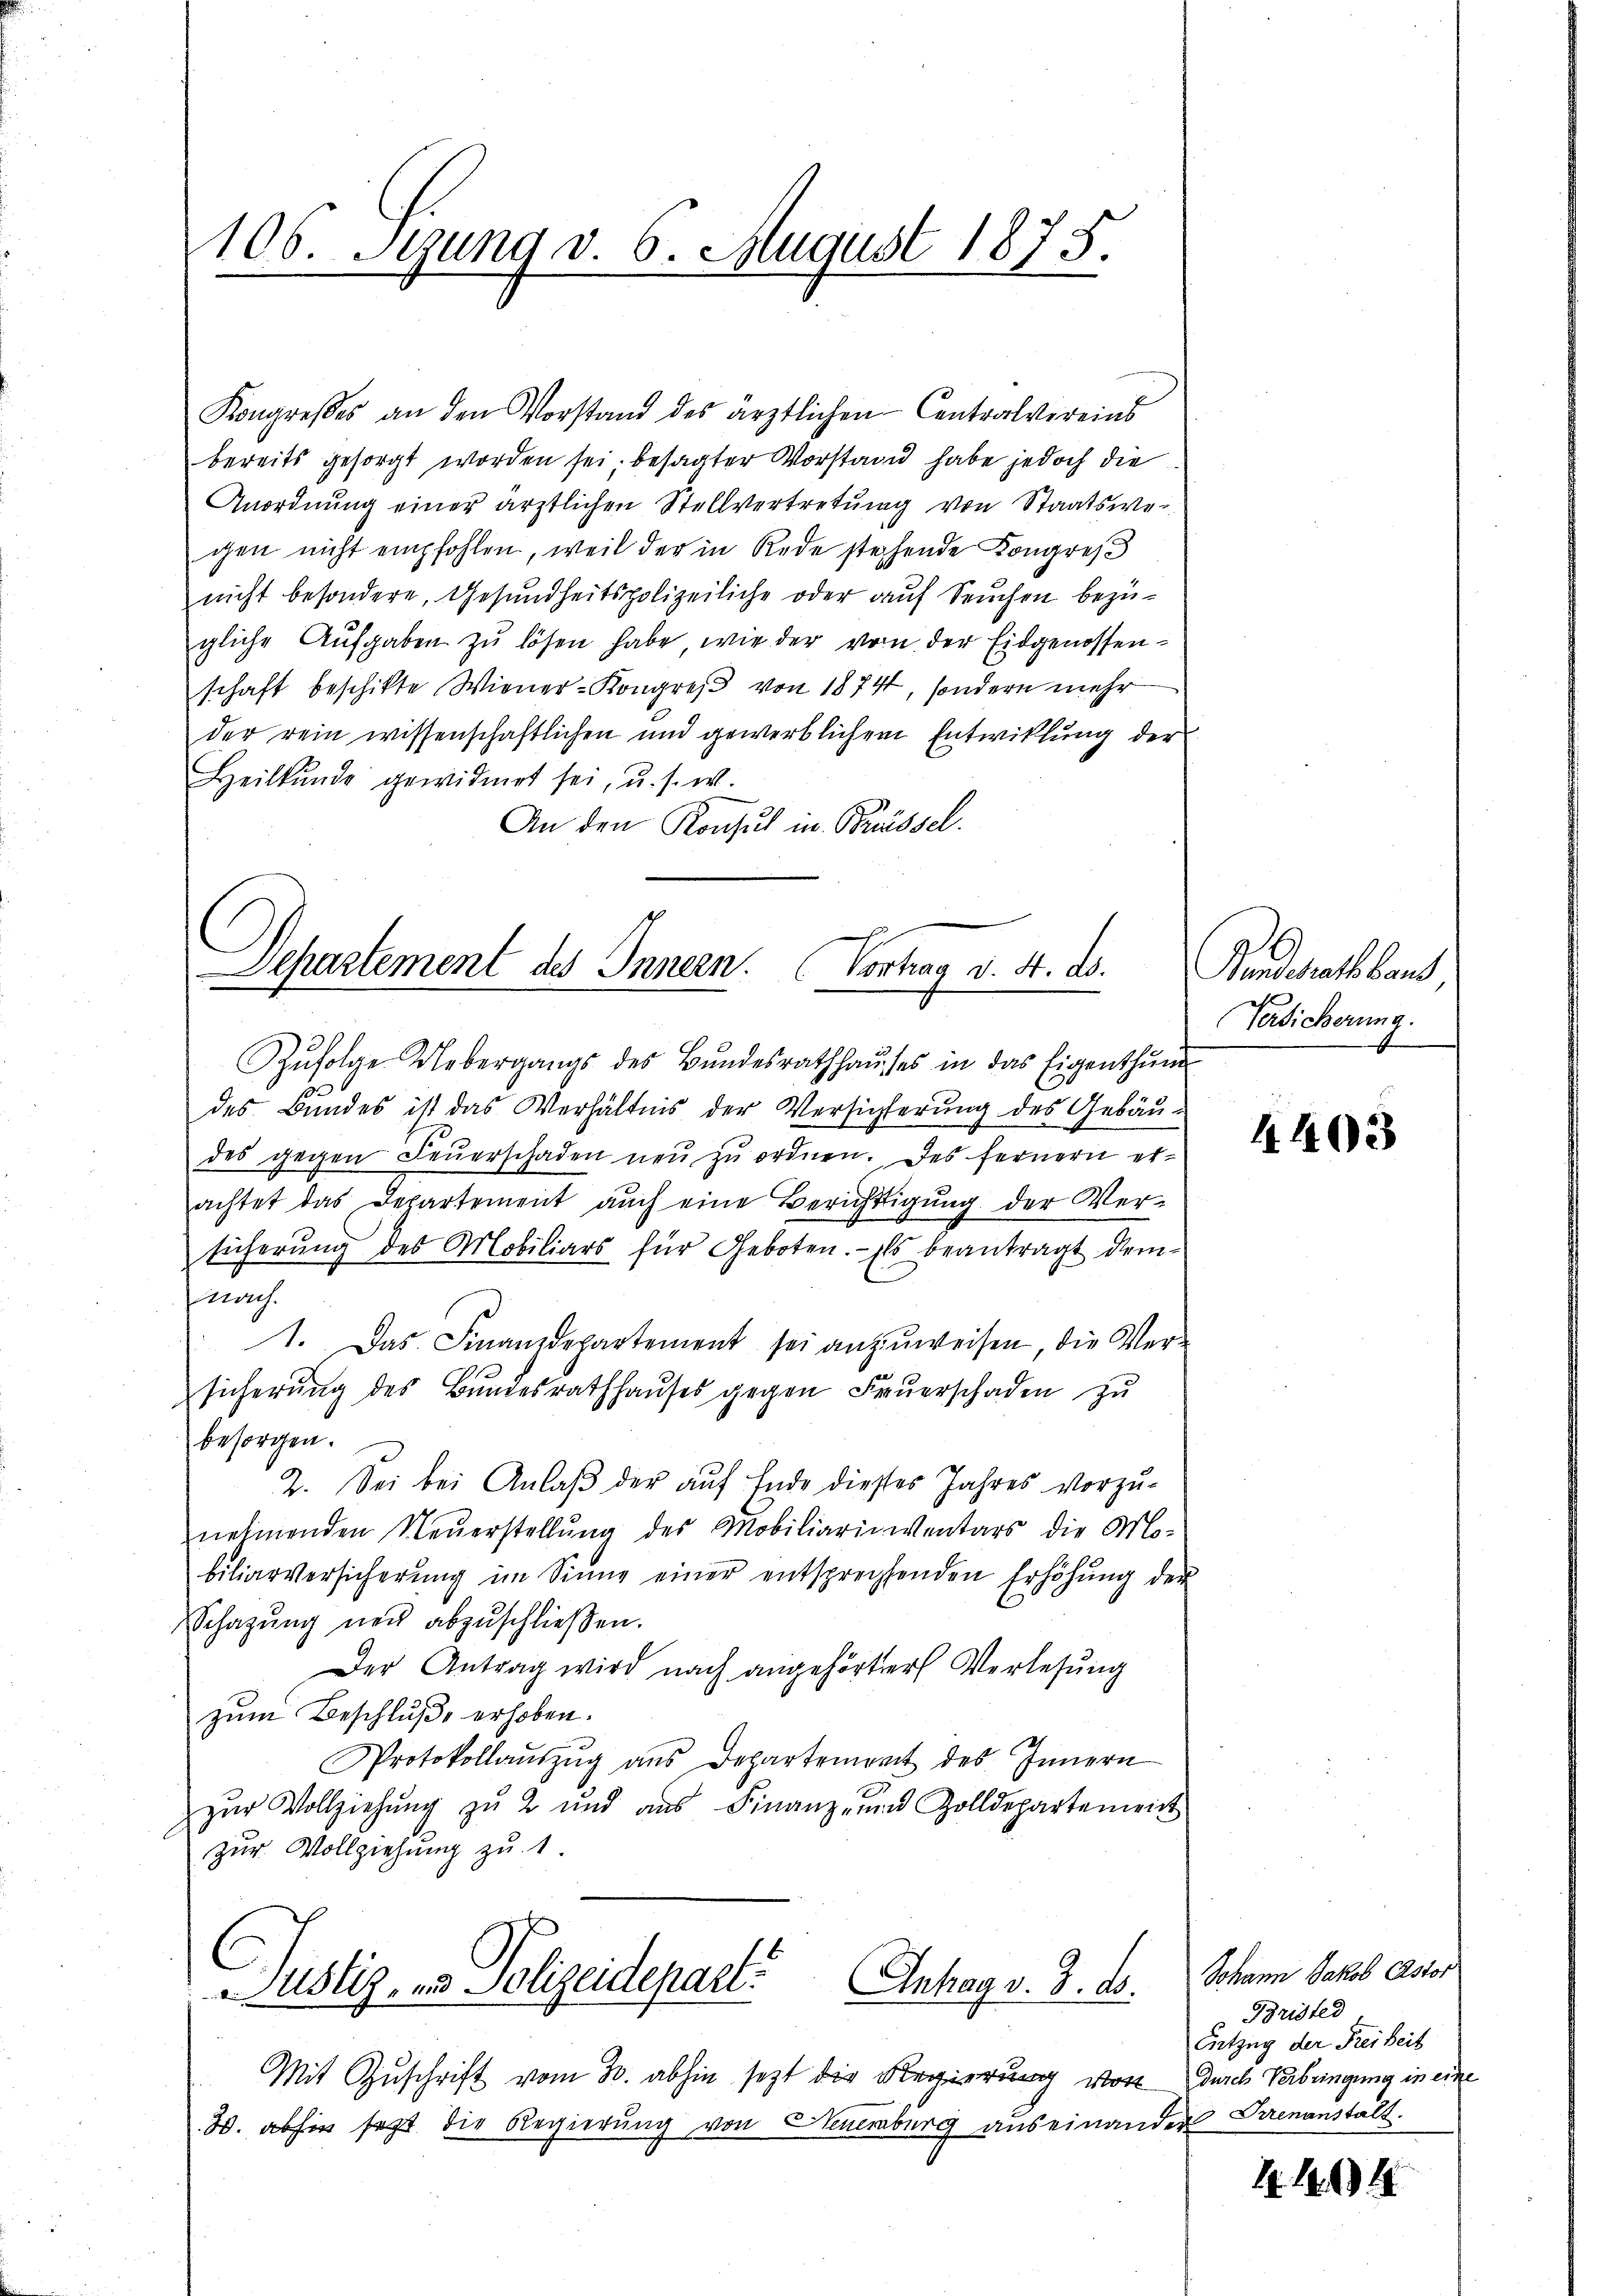
106. Stung v. 6. August 1875.
e

Kongresses an den Vorstand des ärztlichen Centralvereins
bereits gesorgt worden sei. besagter Vorstand habe jedoch die
Anordnŭng einer ärztlichen Stellvertretŭng von Staatswes
gen nicht empfohlen, weil der in Rede stehende Kongres
nicht besondere, Gesundheitspolizeiliche oder auf Seuchen bezügliche Aufgaben zu lösen habe, wie der von der Eidgenossenschaft beschikte Wiener-Kongreß von 1874, sondern mehr
der rein wissenschaftlichen und gewerblichem Entwicklung der
Heilkunde gewidmet sei, u. s. w.
An den Konsul in Brüssel.

Departement des Innern. Vortrag d. 4. ds.
Zŭfolge Uebergangs des Bŭndesrathhaŭses in das Eigenthum

des Bundes ist das Verhältnis der Versichterung des Gebäudes gegen Feŭerschaden neŭ zŭ ordnen. Des fernern erachtet das Departement aŭch eine Berichtigŭng der Ver-
sicherŭng des Mobiliars für Geboten. - Es beantragt demrh.
1. Das Finanzdepartement sei anzŭweisen, die Ver-
sicherung des Bundesrathhaŭses gegen Feŭerschaden zu
besorgen.
2. Sei bei Anlaß der auf Ende dieses Jahres vorzunehmenden Neuerstellŭng des Mobiliarinventars die Mo-
biliarversicherŭng im Sinne einer entsprechtenden Erhöhŭng der
Schatzŭng neŭ abzŭschließen.
Der Antrag wird nach angehörter Verlesung
zum Beschluße erhoben.
Protokollaŭszŭg aŭs Departement des Innern
zŭr Vollziehŭng zŭ 2 und aŭs Finanz- und Zolldepartement
zur Vollziehung zu 1
Justiz- & Polizeidepart. Inhay v. 3. ds.
Mit Zuschrift vom 30. abhin sezt die Regierung vor Durch Verbringung in eine
W. abhin setzt die Regierung von Neuenburg auseinander Sienanstält.

Pandesrath band,
Versicherung.

4403

Johann Jakob Astor
Bristed
Entzug der Freiheit

4.1.194